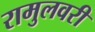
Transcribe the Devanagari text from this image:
रामुलवरी